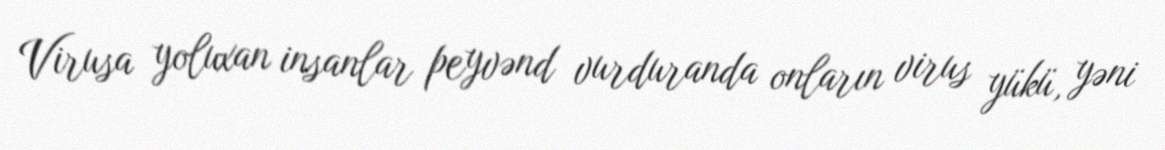
Virusa yoluxan insanlar peyvənd vurduranda onların virus yükü, yəni